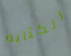
الكتابه